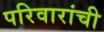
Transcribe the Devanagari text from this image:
परिवारांची